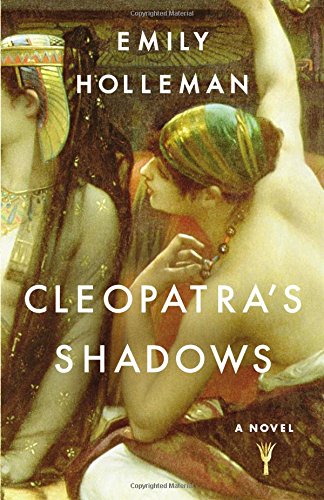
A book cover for Cleopatra's Shadows; Emily Holleman; Literature & Fiction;